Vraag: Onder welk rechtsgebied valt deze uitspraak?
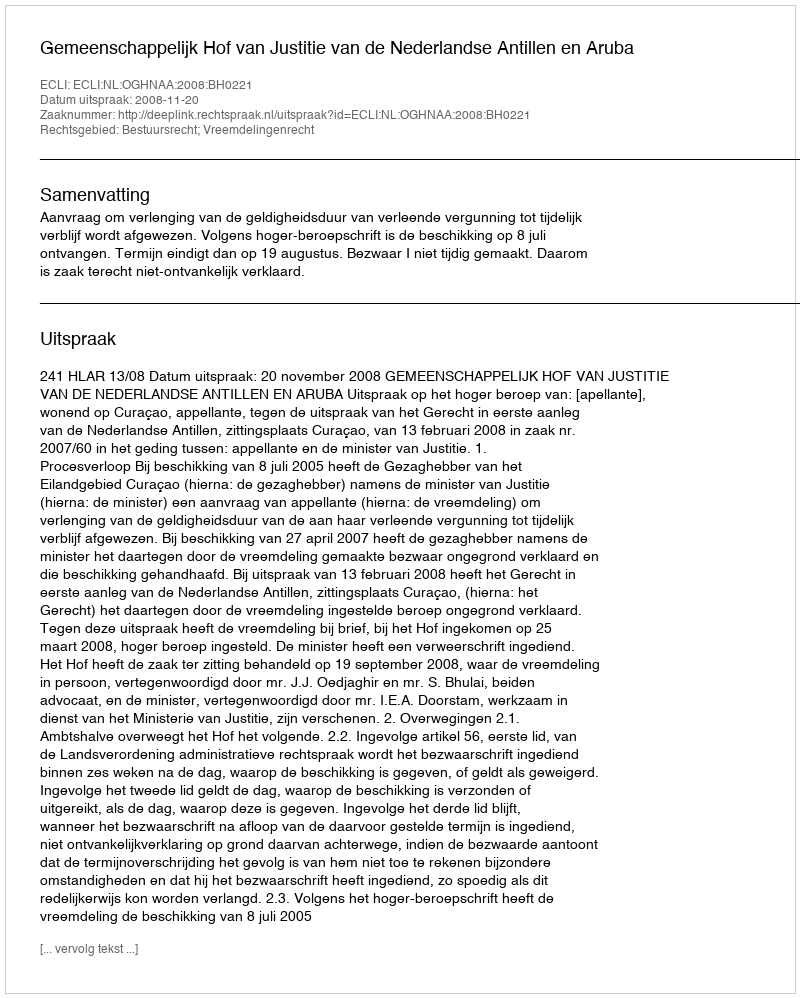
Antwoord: Bestuursrecht; Vreemdelingenrecht